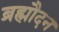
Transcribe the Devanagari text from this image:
ब्रह्मौदन